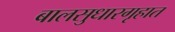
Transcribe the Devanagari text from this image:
बालसुधारगृहात